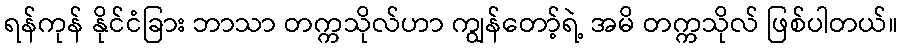
ရန်ကုန် နိုင်ငံခြား ဘာသာ တက္ကသိုလ်ဟာ ကျွန်တော့်ရဲ့ အမိ တက္ကသိုလ် ဖြစ်ပါတယ်။